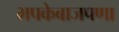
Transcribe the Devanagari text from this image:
भपकेबाजपणा